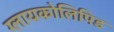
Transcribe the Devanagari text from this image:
ग्लायकोलिपिड